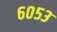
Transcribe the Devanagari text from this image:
६०५३